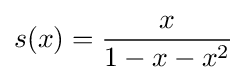
s(x)={\frac {x}{1-x-x^{2}}}